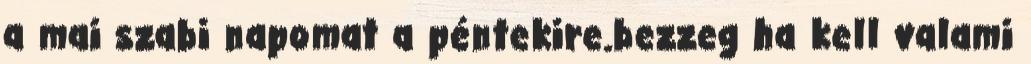
a mai szabi napomat a péntekire.bezzeg ha kell valami